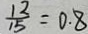
\frac { 1 2 } { 1 5 } = 0 . 8